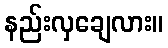
နည်းလှချေလား။